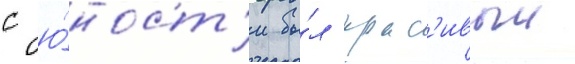
с ю́ност'и бы́л крас'ивыи